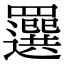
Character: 𦌻